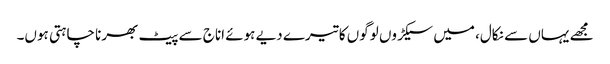
مجھے یہاں سے نکال، میں سیکڑوں لوگوں کا تیرے دیے ہوئے اناج سے پیٹ بھرنا چاہتی ہوں۔